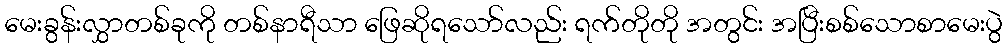
မေးခွန်းလွှာတစ်ခုကို တစ်နာရီသာ ဖြေဆိုရသော်လည်း ရက်တိုတို အတွင်း အပြီးစစ်သောစာမေးပွဲ